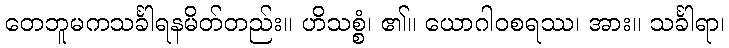
တေဘူမကသင်္ခါရနမိတ်တည်း။ ဟိသစ္စံ၊ ၏။ ယောဂါဝစရဿ၊ အား။ သင်္ခါရာ၊